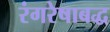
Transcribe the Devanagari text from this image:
रंगरेषाबद्ध